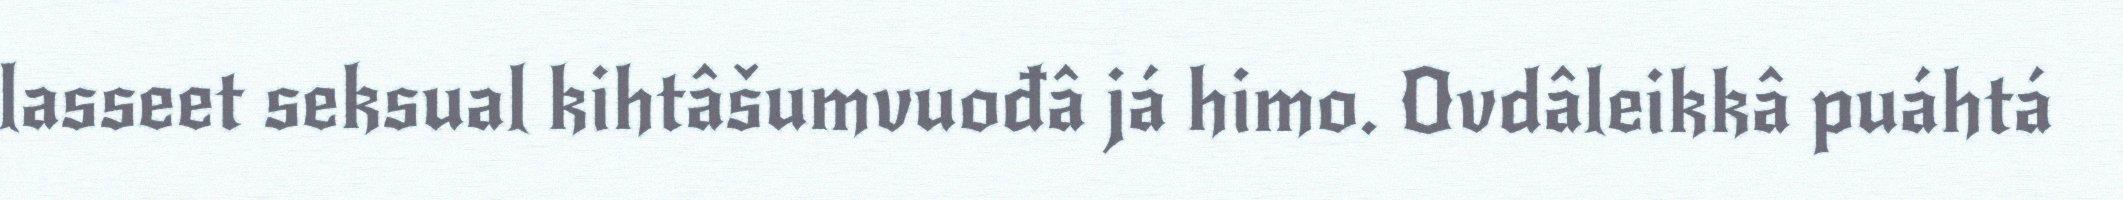
lasseet seksual kihtâšumvuođâ já himo. Ovdâleikkâ puáhtá